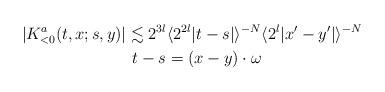
LaTeX: \begin{align*} |K^a_{<0}(t,x;s,y)| \lesssim 2^{3l} \langle 2^{2l} |t-s| \rangle^{-N} & \langle 2^l |x'-y'| \rangle^{-N} \\ t-s = (x-y)\cdot \omega \end{align*}